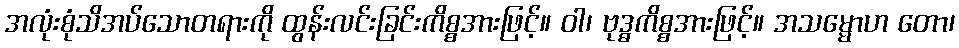
အလုံးစုံသိအပ်သောတရားကို ထွန်းလင်းခြင်းကိစ္စအားဖြင့်။ ဝါ၊ ဗုဒ္ဓကိစ္စအားဖြင့်။ အသမ္မောဟ တော၊